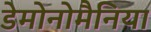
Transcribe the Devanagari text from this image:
डेमोनोमैनिया